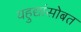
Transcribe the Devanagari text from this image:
यहुद्यांसोबत